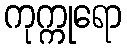
ကုက္ကုရော